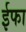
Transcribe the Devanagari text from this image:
ईफा